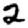
Digit: 2